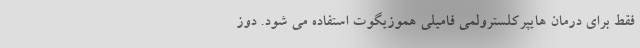
فقط برای درمان هایپرکلسترولمی فامیلی هموزیگوت استفاده می شود. دوز